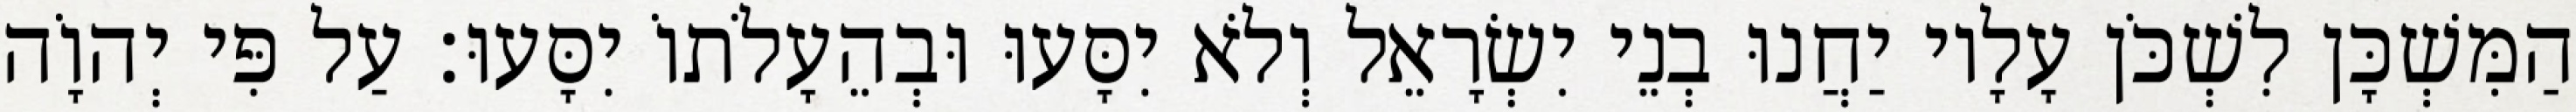
הַמִּשְׁכָּן לִשְׁכֹּן עָלָיו יַחֲנוּ בְנֵי יִשְׂרָאֵל וְלֹא יִסָּעוּ וּבְהֵעָלֹתוֹ יִסָּעוּ׃ עַל פִּי יְהוָֹה